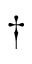
\dagger